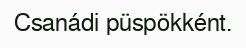
Csanádi püspökként.